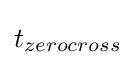
t_{zerocross}